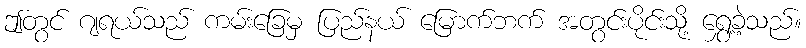
ဤတွင် ဂျရယ်သည် ကမ်းခြေမှ ပြည်နယ် မြောက်ဘက် အတွင်းပိုင်းသို့ ရွှေ့ခဲ့သည်။